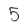
Character: 5